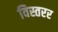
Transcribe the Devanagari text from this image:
विस्तरर